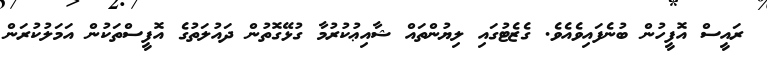
ރައީސް އޮފީހުން ބުނެފައިވެއެވެ. ގެޒެޓުގައި ލިޔުންތައް ޝާއިޢުކުރުމާ ގުޅޭގޮތުން ދައުލަތުގެ އޮފީސްތަކުން އަމަލުކުރަން